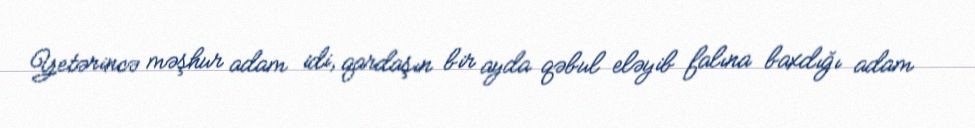
Yetərincə məşhur adam idi, qardaşın bir ayda qəbul eləyib falına baxdığı adam